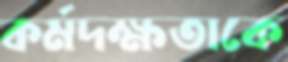
কর্মদক্ষতাকে